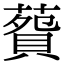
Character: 𦺲